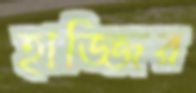
হাজ্জির